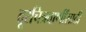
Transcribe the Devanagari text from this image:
दूरचित्रवाणींसाठी